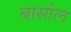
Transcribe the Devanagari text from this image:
बासोल